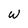
Character: w